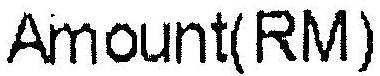
AMOUNT(RM)